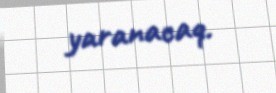
yaranacaq.